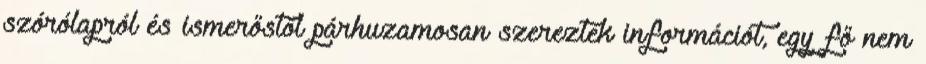
szórólapról és ismerőstől párhuzamosan szereztek információt, egy fő nem